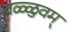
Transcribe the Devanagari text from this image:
वळ्ळुवम्